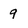
Character: 9